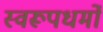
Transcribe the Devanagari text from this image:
स्वरूपधर्मों